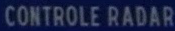
CONTROLE RADAR